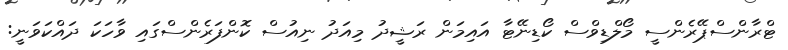
ޓްރާންސްޕޭރެންސީ މޯލްޑިވްސް ކޯޑިނޭޓާ އައިމަން ރަޝީދު މިއަދު ނިއުސް ކޮންފަރެންސްގައި ވާހަކަ ދައްކަވަނީ: